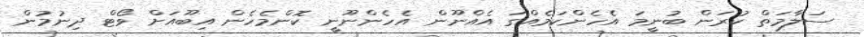
ސަލާމަތް ކުރަން ބުނީމަ އެހެންކަމެއްގަ އެއްނޫން އެހެންނޫނީ ކޮންމެހެން އިބޫއަށް ވޯޓް ދިނުމުން